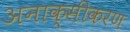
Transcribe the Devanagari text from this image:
अनाक्सीकरण